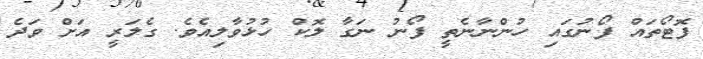
ފޮޓޯތައް ފޯނުގައި ހުންނާނެތީ ފޯނު ނަގާ ލޮކް ހުޅުވާލިއެވެ. ގެލަރީ އަށް ވަދެ